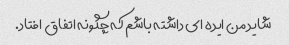
شاید من ایده ای داشته باشم که چگونه اتفاق افتاد.